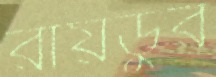
রায়ডুর